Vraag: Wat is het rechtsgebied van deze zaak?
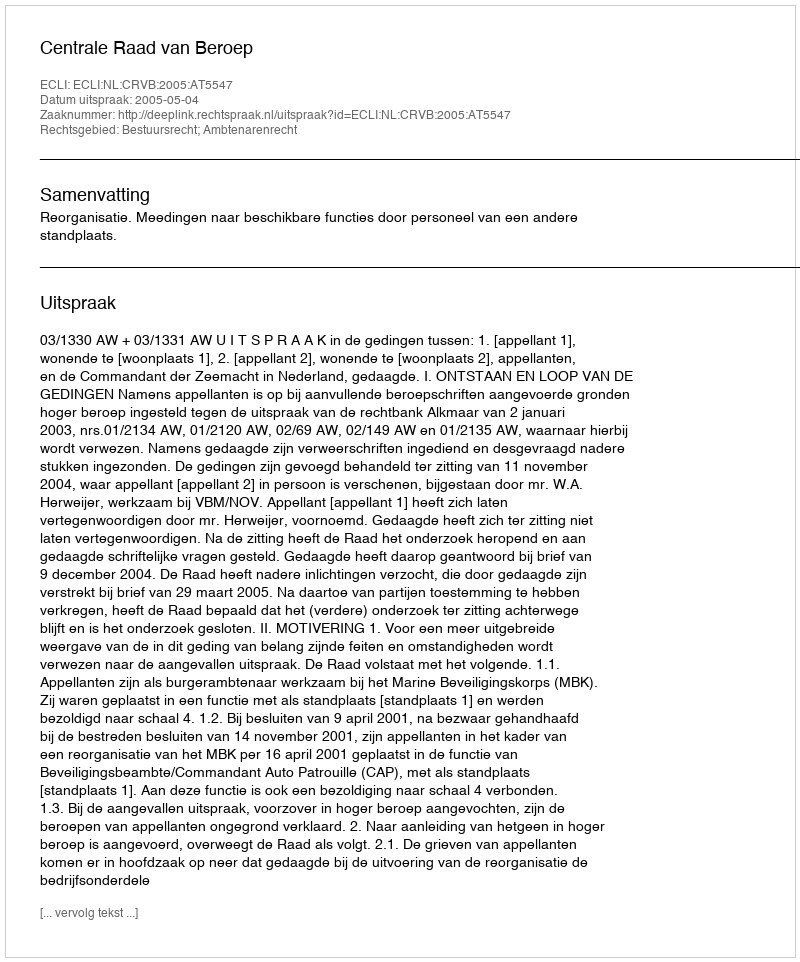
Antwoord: Bestuursrecht; Ambtenarenrecht